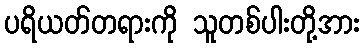
ပရိယတ်တရားကို သူတစ်ပါးတို့အား